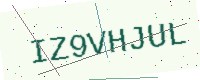
Text: IZ9VHJUL